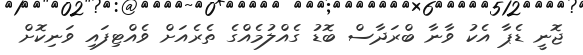
ޖޮނީ ޑެޕާ އެކު ވާނާ ބްރަދާސް ބޮޑު ގެއްލުމެއްގެ ތެރެއަށް ވެއްޓިފައި ވަނިކޮށް